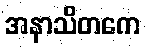
အနာသိတကေ